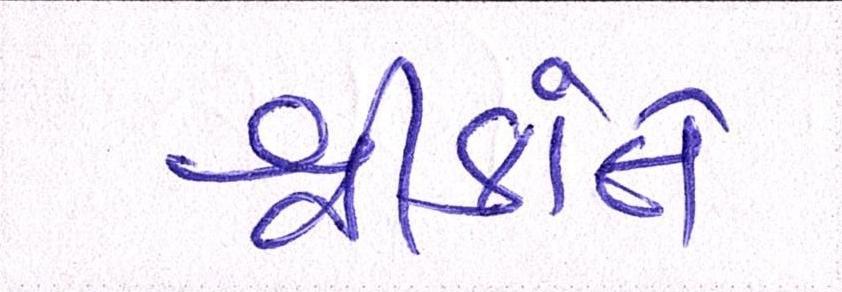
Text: શ્રીકાંતે